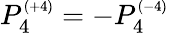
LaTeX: P_{4}^{\scriptscriptstyle{(+4)}}=-P_{4}^{\scriptscriptstyle{(-4)}}